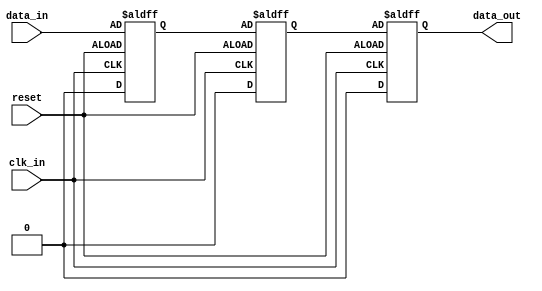
module two_flop_synchronizer (
    input wire clk_in,
    input wire reset,
    input wire data_in,
    output reg data_out
);

reg capture_ff;
reg release_ff;

always @(posedge clk_in or negedge reset) begin
    if (reset) begin
        capture_ff <= 1'b0;
        release_ff <= 1'b0;
    end else begin
        capture_ff <= data_in;
        release_ff <= capture_ff;
    end
end

always @(posedge clk_in or negedge reset) begin
    if (reset) begin
        data_out <= 1'b0;
    end else begin
        data_out <= release_ff;
    end
end

endmodule